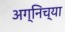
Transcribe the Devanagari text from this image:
अग्निच्या